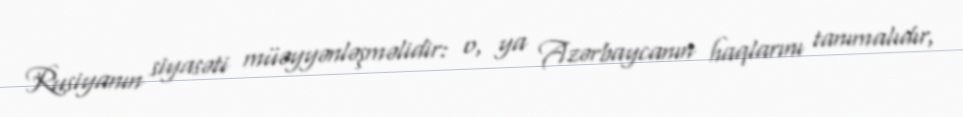
Rusiyanın siyasəti müəyyənləşməlidir: o, ya Azərbaycanın haqlarını tanımalıdır,